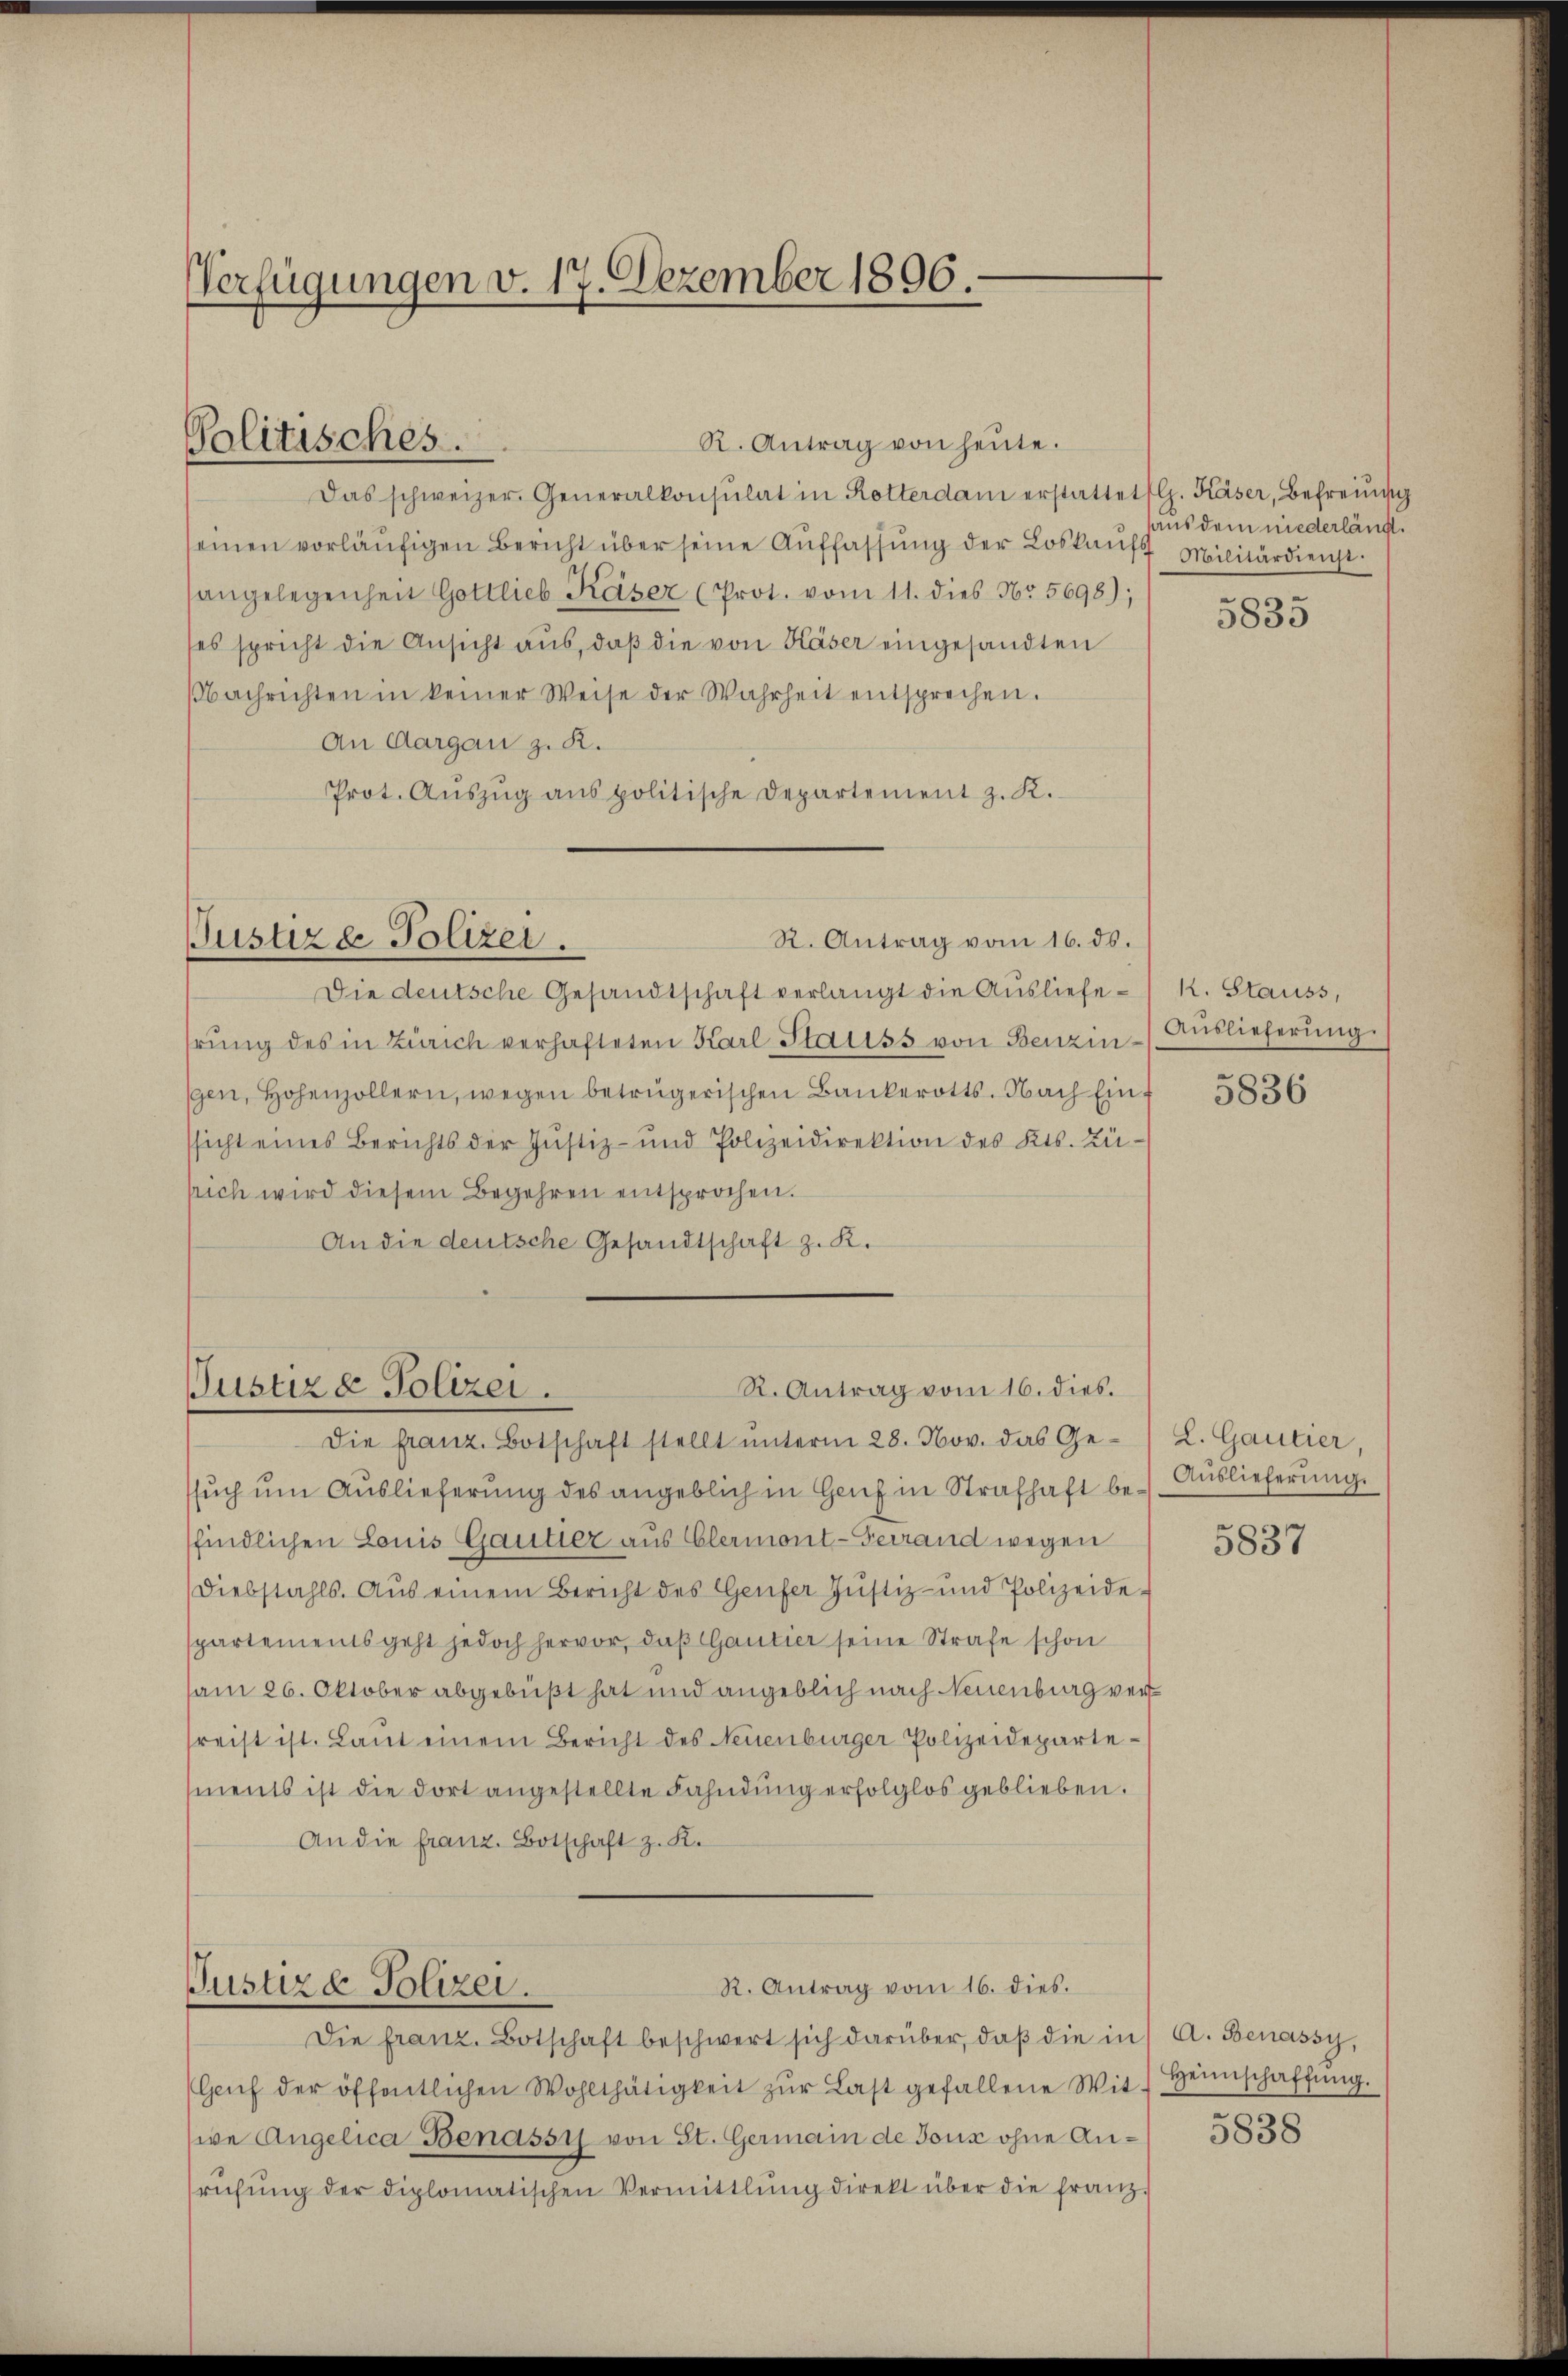
Verfügungen v. 17. Dezember 1806.

Politisches.

Das schweizer. Generalkonsulat in Rotterdam erstattet (lp. Käser, Befreiung
seinen vorläŭfigen Bericht über seine Auffassung der Loskaufs Militärdienst
angelegenheit Gottlieb Käser (Prot. vom 11. dies Nr. 5698);
es spricht die Ansicht aus, daβ die von Käser eingesandten
Nachrichten in keiner Weise der Wahrheit entsprechen.
An Aargau z. R.
Prot. Aŭszŭg ans politische Departement z. K.

R. Antrag von heute.

R. Antrag vom 16. ds.
Justiz & Polizei.

R. Antrag vom 16. dies.
Justiz & Polizei.

R. Antrag vom 16. dies.
Justiz & Polizei.

Die deutsche Gesandtschaft verlangt die Ausliefehrŭng des in Zürich verhafteten Karl Stauss von Benzin-/ Aŭslieferŭng.
gen, Hohenzollern, wegen betrügerischen Bankerotts. Nach Einf
ssicht eines Berichts der Justiz- und Polizeidirektion des Kts. Zü
srich wird diesem Begehren entsprochen.
An die deutsche Gesandtschaft z. K.

Die franz. Botschaft stellt ŭnterm 28. Nov. das Ge- L. Gautier,

sŭch ŭm Aŭslieferung des angeblich in Genf in Strafhaft be-Auslieferung
findlichen Louis Gautier aus Elermont-Terrand wegen
Diebstahls. Aus einem Bericht des Genfer Justiz- und Polizeide-
spartements geht jedoch hervor, daß Gautier seine Strafe schon
am 26. Oktober abgebüßt hat und angeblich nach Neuenburg verreist ist. Laŭt einem Bericht des Neuenburger Polizeidepartements ist die dort angestellte Fahndung erfolglos geblieben.
An die franz. Botschaft z. K.

Die franz. Botschaft beschwert sich darüber, daβ die in A. Benassy,
Gaŭf der öffentlichen Wohlthätigkeit zŭr Last gefallene Wit Heimschaffŭng.
sive Angelica Benassy von St. Germain de tous ohne Anrüfŭng der diplomatischen Vermittlung direkt über die franz.

aus dem niederlängt.

5833

k. Stauss,

5836

5837

5838